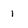
Character: 1